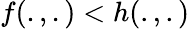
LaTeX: f(.,.)<h(.,.)